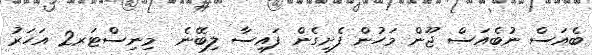
ބެއަސް ނުބެއަސް ޖޫން މަހުން ފެށިގެން ފައިސާ ލިބޭނެ  މިނިސްޓަރ2 އަހަރު